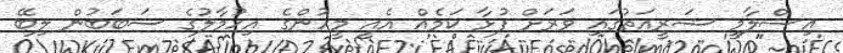
އިސްލާމީ ޝަރީއަތުގައި ވަރަށް ފުޅާ ކަމެއް އެއީ މީހުންގެ އިހުމާލުގެ ސަބަބުން ލިބޭ